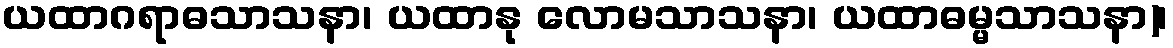
ယထာဂရာဓသာသနာ၊ ယထာနု လောမသာသနာ၊ ယထာဓမ္မသာသနာ)၊